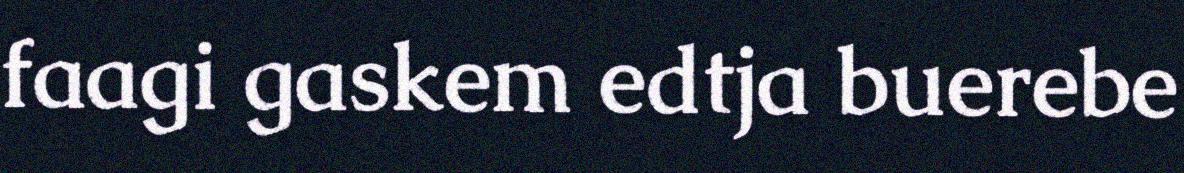
faagi gaskem edtja buerebe